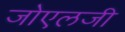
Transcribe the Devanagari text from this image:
जोएलजी